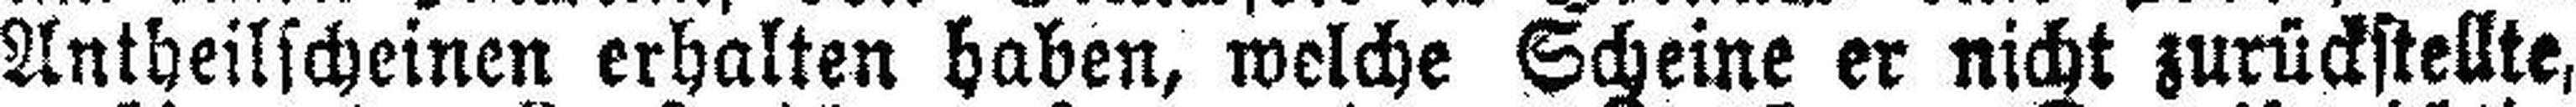
Antheilscheinen erhalten haben, welche Scheine er nicht zurückstellte,